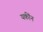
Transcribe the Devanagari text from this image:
यकींन